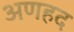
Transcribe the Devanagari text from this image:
अणहद